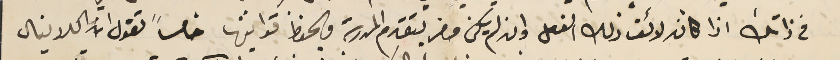
فى ذاتك اذا كان لائق ذلك الفعل وان لم يكن مضر بتقدم المدرسة ويحفظ قوانينها خامساً تقول ان الكردينال